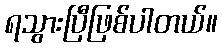
ရသွားပြီဖြစ်ပါတယ်။